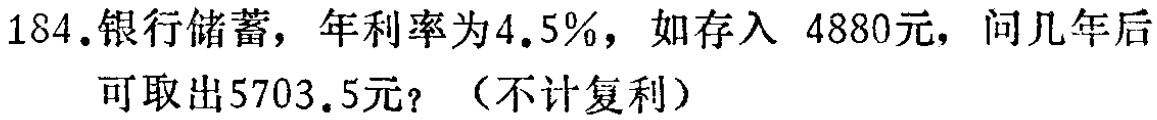
184.银行储蓄，年利率为4.5%，如存入 4880元，问几年后可取出5703.5元？（不计复利）